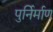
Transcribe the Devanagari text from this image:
पुर्निर्माण